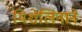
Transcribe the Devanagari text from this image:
मिशेलिनाने